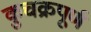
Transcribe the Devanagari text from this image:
कुचक्रपूर्ण